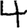
Digit: 4